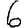
Digit: 6